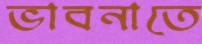
ভাবনাতে